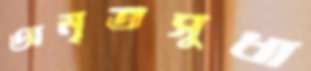
অমৃতসুধা